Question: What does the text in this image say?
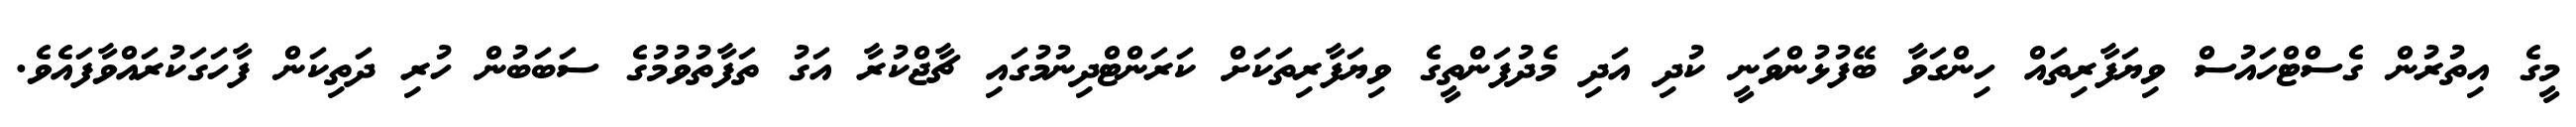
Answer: މީގެ އިތުރުން ގެސްޓްހައުސް ވިޔަފާރިތައް ހިންގަވާ ބޭފުޅުންވަނީ ކުދި އަދި މެދުފަންތީގެ ވިޔަފާރިތަކަށް ކަރަންޓްދިނުމުގައި ޗާޖްކުރާ އަގު ތަފާތުވުމުގެ ސަބަބުން ހުރި ދަތިކަން ފާހަގަކުރައްވާފައެވެ.